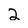
Character: 2